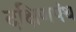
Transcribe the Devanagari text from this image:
दक्षिणपंथ